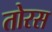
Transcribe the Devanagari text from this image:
तोरस